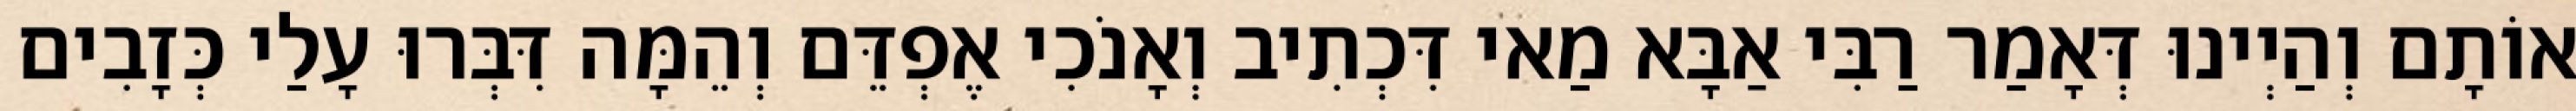
אוֹתָם וְהַיְינוּ דְּאָמַר רַבִּי אַבָּא מַאי דִּכְתִיב וְאָנֹכִי אֶפְדֵּם וְהֵמָּה דִּבְּרוּ עָלַי כְּזָבִים